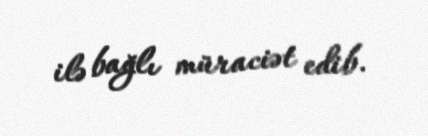
ilə bağlı müraciət edib.